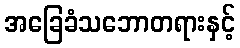
အခြေခံသဘောတရားနှင့်